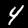
Label: 4